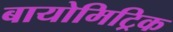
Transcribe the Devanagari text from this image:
बायोमिट्रिक